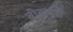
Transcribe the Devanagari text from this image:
बीवाईडी